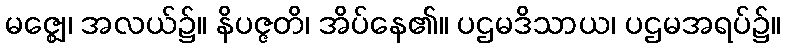
မဇ္ဈေ၊ အလယ်၌။ နိပဇ္ဇတိ၊ အိပ်နေ၏။ ပဌမဒိသာယ၊ ပဌမအရပ်၌။